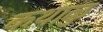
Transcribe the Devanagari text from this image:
कथाळु